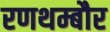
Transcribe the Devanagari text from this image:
रणथम्बौर